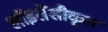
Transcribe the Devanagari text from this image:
लॉइसेंसीकृत